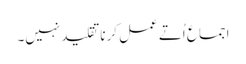
اجما ع اُتے عمل کرنا تقلید نہیں۔